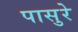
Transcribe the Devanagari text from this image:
पासुरे